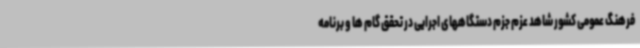
فرهنگ عمومی کشور شاهد عزم جزم دستگاههای اجرایی در تحقق گام ها و برنامه